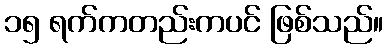
၁၅ ရက်ကတည်းကပင် ဖြစ်သည်။